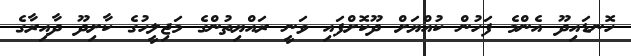
ހޮނޑައިދޫ އެންމެ ފަހުން ކުއްޔަށް ދޫކޮށްފައި ވަނީ ރައްޔިތުންގެ މަޖިލީހުގެ ކާށިދޫ ދާއިރާގެ